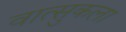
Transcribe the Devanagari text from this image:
वात्सुकला